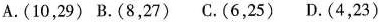
A.(10，29)B.(8，27)C.(6，25)D.(4，23)